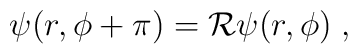
\psi(r,\phi+\pi)={\cal R}\psi(r,\phi)\; ,